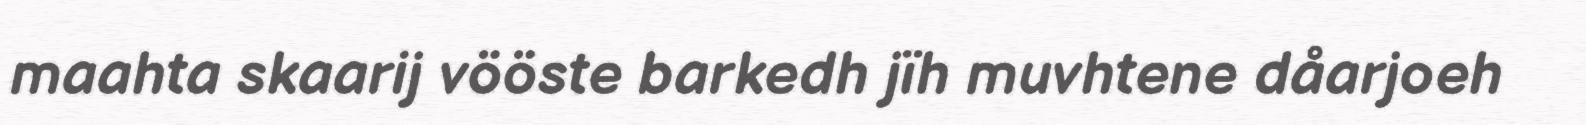
maahta skaarij vööste barkedh jïh muvhtene dåarjoeh